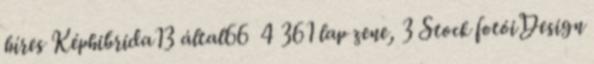
híres Képhibrida13 által66 4 361 lap zene, 3 Stock fotóiDesign